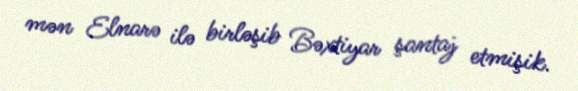
mən Elnarə ilə birləşib Bəxtiyar şantaj etmişik.